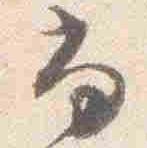
尚